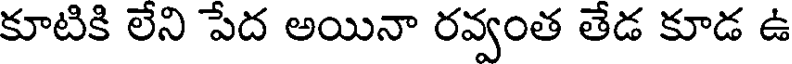
కూటికి లేని పేద అయినా రవ్వంత తేడ కూడ ఉ